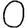
Digit: 0